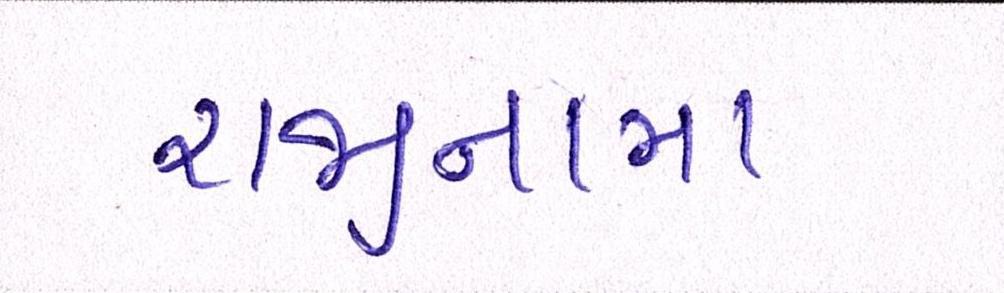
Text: રાજીનામા